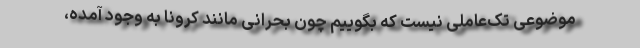
موضوعی تک‌عاملی نیست که بگوییم چون بحرانی مانند کرونا به وجود آمده،